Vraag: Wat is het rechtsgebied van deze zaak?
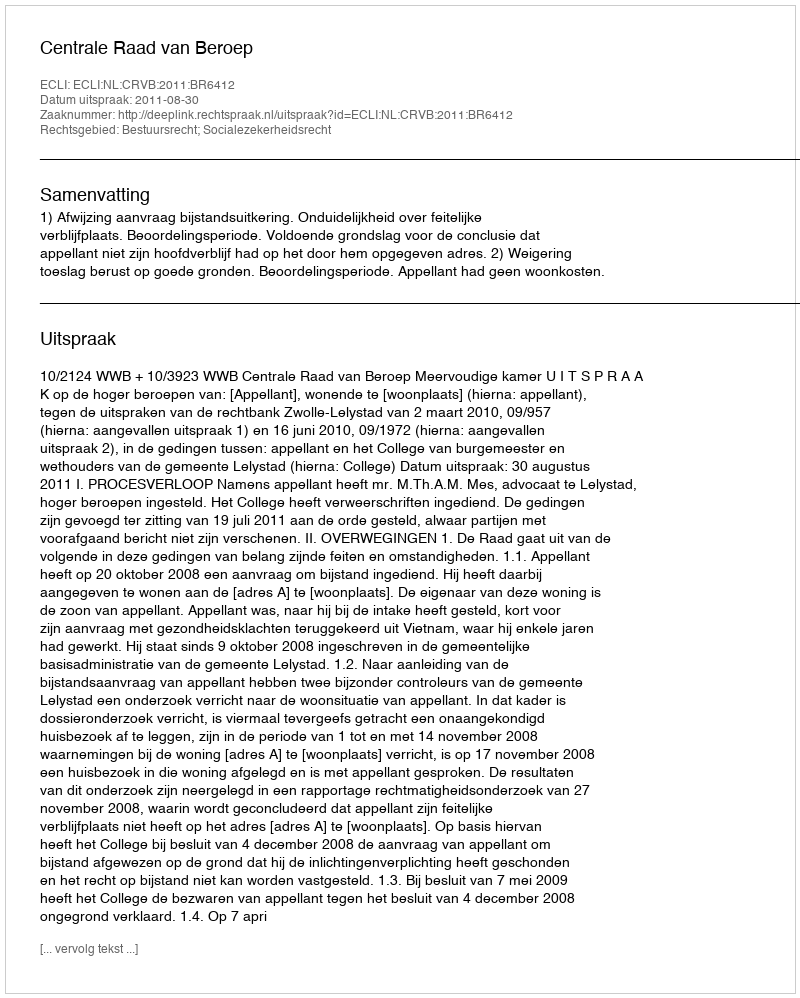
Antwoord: Bestuursrecht; Socialezekerheidsrecht